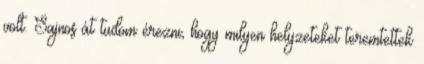
volt. Sajnos át tudom érezni, hogy milyen helyzeteket teremtettek